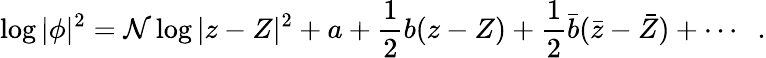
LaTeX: \log|\phi|^{2}=\mathcal{N}\log|z-Z|^{2}+a+\frac{{1}}{{2}}b(z-Z)+\frac{{1}}{{2}}{\bar{{b}}}({\bar{{z}}}-{\bar{{Z}}})+\cdots\; \; .